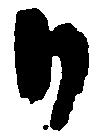
日